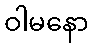
ဝါမနော